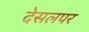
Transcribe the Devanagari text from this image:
देसलपर